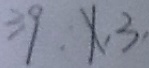
3 9 , x , 3 ,